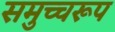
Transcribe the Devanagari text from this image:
समुच्चरूप